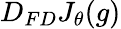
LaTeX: D_{FD}J_{\theta}(g)